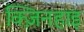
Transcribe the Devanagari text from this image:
क्ज़िनहाइ